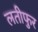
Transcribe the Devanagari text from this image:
लतीफुर